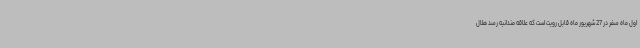
اول ماه صفر در 27 شهریور ماه قابل رویت است که علاقه مندانبه رصد هلال